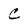
Character: C